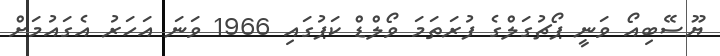
ޔޫސޭބިއޯ ވަނީ ޕޯޗުގަލްގެ ފުރަތަމަ ވޯލްޑް ކަޕުގައި 1966 ވަނަ އަހަރު އެގައުމަށް